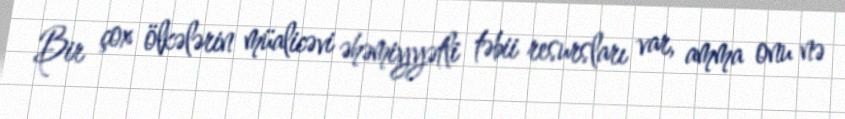
Bir çox ölkələrin müalicəvi əhəmiyyətli təbii resursları var, amma onu nə